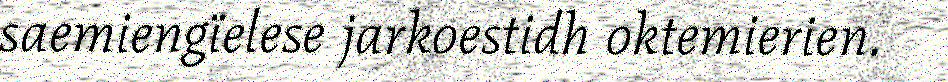
saemiengïelese jarkoestidh oktemierien.